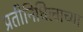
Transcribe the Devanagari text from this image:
प्रतीनिधित्वाच्या